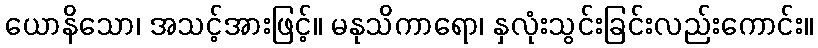
ယောနိသော၊ အသင့်အားဖြင့်။ မနုသိကာရော၊ နှလုံးသွင်းခြင်းလည်းကောင်း။